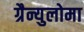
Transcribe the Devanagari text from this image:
ग्रैन्युलोमा